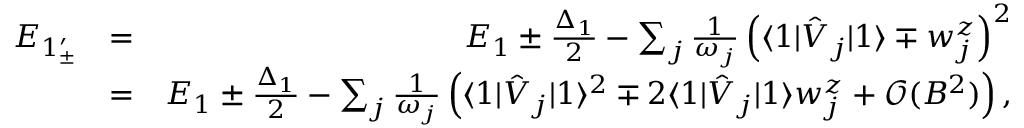
\begin{array} { r l r } { E _ { 1 _ { \pm } ^ { \prime } } } & { = } & { E _ { 1 } \pm \frac { \Delta _ { 1 } } { 2 } - \sum _ { j } \frac { 1 } { \omega _ { j } } \left( \langle 1 | \hat { V } _ { j } | 1 \rangle \mp w _ { j } ^ { z } \right) ^ { 2 } } \\ & { = } & { E _ { 1 } \pm \frac { \Delta _ { 1 } } { 2 } - \sum _ { j } \frac { 1 } { \omega _ { j } } \left( \langle 1 | \hat { V } _ { j } | 1 \rangle ^ { 2 } \mp 2 \langle 1 | \hat { V } _ { j } | 1 \rangle w _ { j } ^ { z } + \mathcal { O } ( B ^ { 2 } ) \right) , } \end{array}